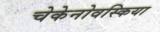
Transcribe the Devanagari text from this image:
चेकेनोवस्किया